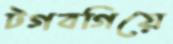
টগবগিয়ে